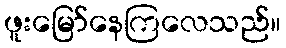
ဖူးမြော်နေကြလေသည်။